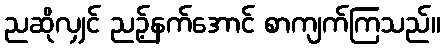
ညဆိုလျှင် ညဉ့်နက်အောင် စာကျက်ကြသည်။